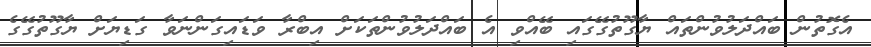
އެގޮތުން ބައްދަލުވުންތައް ޔާގޫތުގޭގައި ބޭއްވި އެ ބައްދަލުވުންތަކަށް އިބްރާ ވަޑައިގަންނަވާ ގަޑިޔަށް ޔާގޫތުގޭގެ